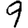
Digit: 9